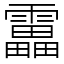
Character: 靁